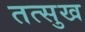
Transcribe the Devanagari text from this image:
तत्सुख